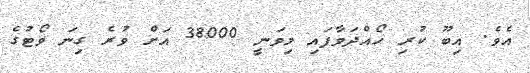
އެވެ. އިބޫ ކުރި ހޯއްދަވާފައި މިވަނީ 38000 އަށް ވުރެ ގިނަ ވޯޓުގެ